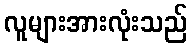
လူများအားလုံးသည်